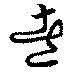
煮